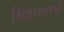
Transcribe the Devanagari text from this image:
मिठागराचे